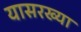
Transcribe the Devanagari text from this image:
यासरख्या